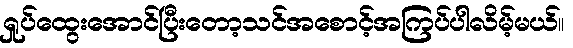
ရှုပ်ထွေးအောင်ပြီးတော့သင်အစောင့်အကြပ်ပါလိမ့်မယ်။